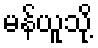
မန်ယူသို့